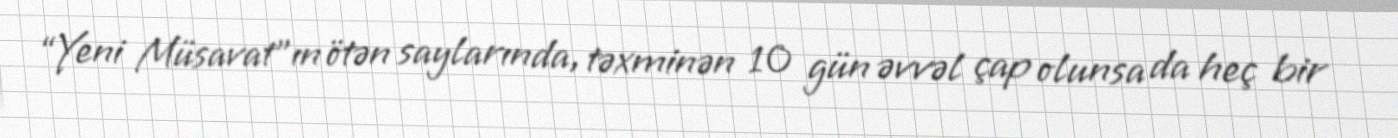
“Yeni Müsavat”ın ötən saylarında, təxminən 10 gün əvvəl çap olunsa da heç bir